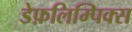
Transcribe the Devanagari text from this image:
डेफ़लिम्पिक्स